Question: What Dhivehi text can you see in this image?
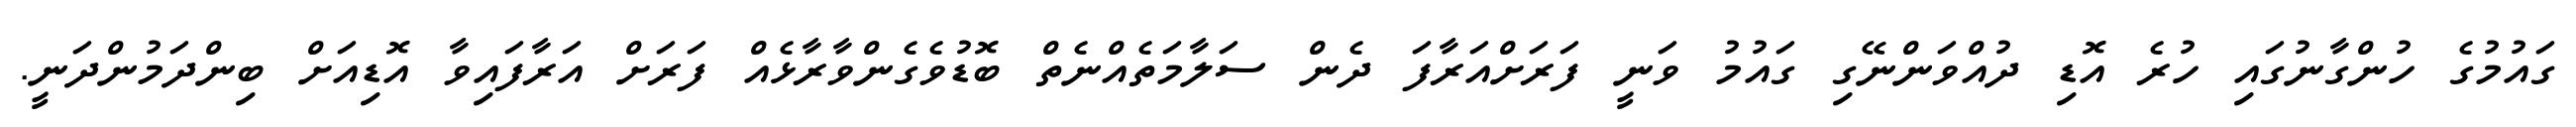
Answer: ގައުމުގެ ހުންގާނުގައި ހުރެ އޮޑި ދުއްވަންނޭގި ގައުމު ވަނީ ފަރަށްއަރާފަ ދެން ސަލާމަތެއްނެތް ބޮޑުވެގެންވާރާޅެއް ފަރަށް އަރާފައިވާ އޮޑިއަށް ބިންދަމުންދަނީ.